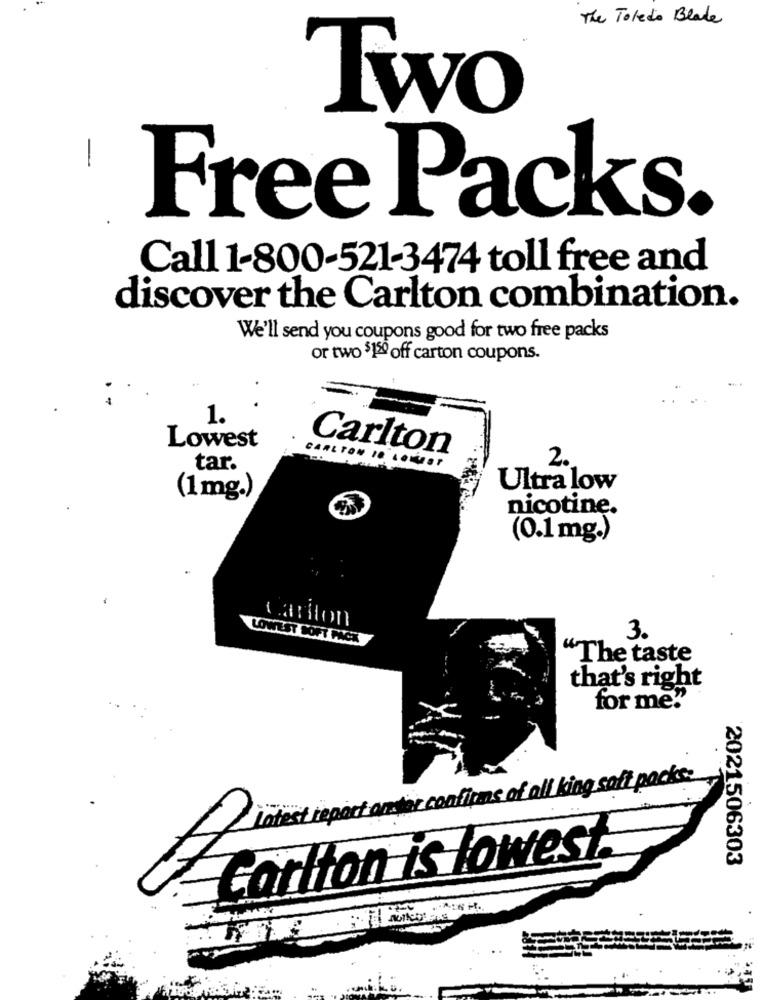
The Toledo Blade
Two
Free Packs.
Call 1-800-521-3474 toll free and
discover the Carlton combination.
We'll send you coupons good for two free packs
or two $ 120 off carton coupons.
1
Lowest
Carlton
2.
tar.
CARLTON I. L ...
Ultra low
(1mg.)
nicotine.
(0.1 mg.)
Carlton
LOWEST SOFT PACK
3.
"The taste
that's right
for me!"
Latest report ander confirms of all king soft packs
Carlton is lowest.
2021506303